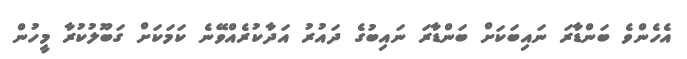
އެހެންވެ ބަންޑާރަ ނައިބަކަށް ބަންޑާރަ ނައިބުގެ ދައުރު އަދާކުރެއްވޭނެ ކަމަކަށް ގަބޫލުކުރާ މީހުން